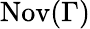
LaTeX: \operatorname{Nov}(\Gamma)